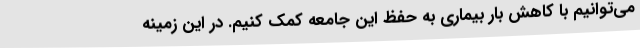
می‌توانیم با کاهش بار بیماری به حفظ این جامعه کمک کنیم. در این زمینه